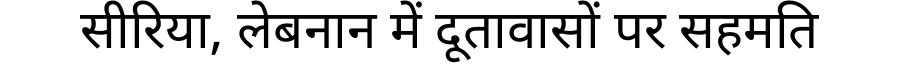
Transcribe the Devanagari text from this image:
सीरिया, लेबनान में दूतावासों पर सहमति